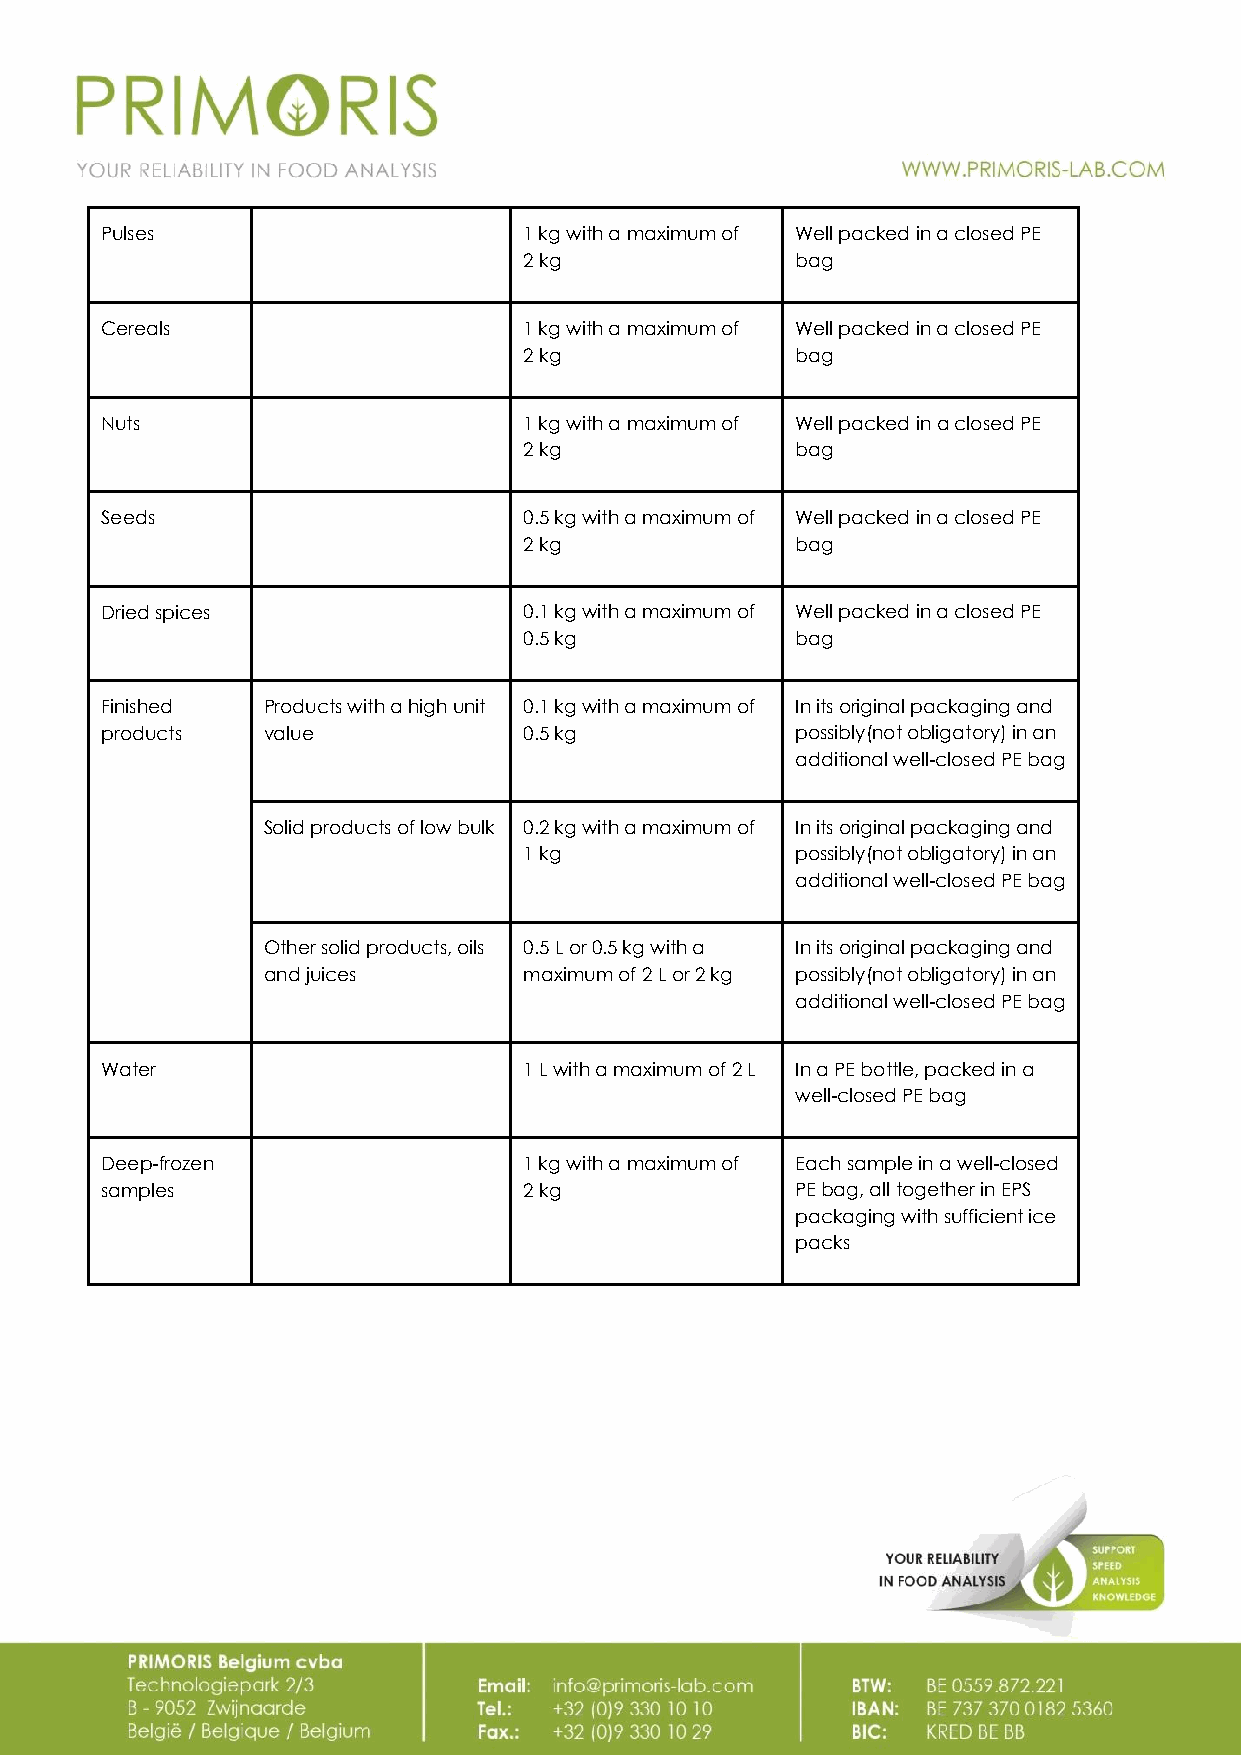
Pulses                      1 kg with a maximum of Well packed in a closed PE
 2 kg              bag
 Cereals                     1 kg with a maximum of Well packed in a closed PE
 2 kg              bag
 Nuts                        1 kg with a maximum of Well packed in a closed PE
 2 kg              bag
 Seeds                       0.5 kg with a maximum of Well packed in a closed PE
 2 kg              bag
 Dried spices                0.1 kg with a maximum of Well packed in a closed PE
 0.5 kg            bag
 Finished  Products with a high unit 0.1 kg with a maximum of In its original packaging and
 products  value             0.5 kg            possibly(not obligatory) in an
 additional well-closed PE bag
 Solid products of low bulk 0.2 kg with a maximum of In its original packaging and
 1 kg              possibly(not obligatory) in an
 additional well-closed PE bag
 Other solid products, oils 0.5 L or 0.5 kg with a In its original packaging and
 and juices        maximum of 2 L or 2 kg possibly(not obligatory) in an
 additional well-closed PE bag
 Water                       1 L with a maximum of 2 L In a PE bottle, packed in a
 well-closed PE bag
 Deep-frozen                 1 kg with a maximum of Each sample in a well-closed
 samples                     2 kg              PE bag, all together in EPS
 packaging with sufficient ice
 packs